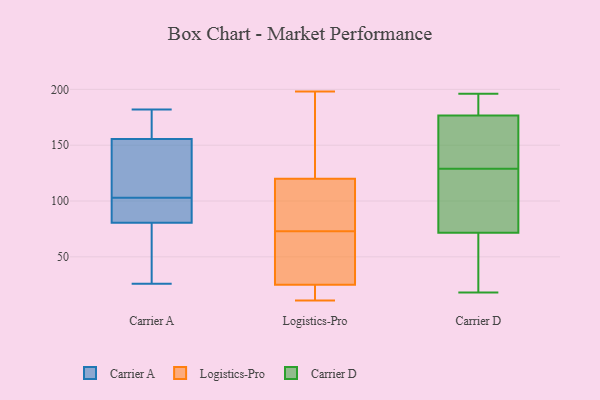
{"axis": {"x": "Headcount", "y": "Value"}, "legend": ["Carrier A", "Carrier D", "Logistics-Pro"], "data": [{"x": "", "y": 91, "type": "Carrier A"}, {"x": "", "y": 57, "type": "Carrier A"}, {"x": "", "y": 86, "type": "Carrier A"}, {"x": "", "y": 114, "type": "Carrier A"}, {"x": "", "y": 166, "type": "Carrier A"}, {"x": "", "y": 92, "type": "Carrier A"}, {"x": "", "y": 75, "type": "Carrier A"}, {"x": "", "y": 114, "type": "Carrier A"}, {"x": "", "y": 182, "type": "Carrier A"}, {"x": "", "y": 164, "type": "Carrier A"}, {"x": "", "y": 26, "type": "Carrier A"}, {"x": "", "y": 147, "type": "Carrier A"}, {"x": "", "y": 115, "type": "Logistics-Pro"}, {"x": "", "y": 34, "type": "Logistics-Pro"}, {"x": "", "y": 25, "type": "Logistics-Pro"}, {"x": "", "y": 198, "type": "Logistics-Pro"}, {"x": "", "y": 17, "type": "Logistics-Pro"}, {"x": "", "y": 63, "type": "Logistics-Pro"}, {"x": "", "y": 38, "type": "Logistics-Pro"}, {"x": "", "y": 11, "type": "Logistics-Pro"}, {"x": "", "y": 120, "type": "Logistics-Pro"}, {"x": "", "y": 83, "type": "Logistics-Pro"}, {"x": "", "y": 12, "type": "Logistics-Pro"}, {"x": "", "y": 192, "type": "Logistics-Pro"}, {"x": "", "y": 168, "type": "Logistics-Pro"}, {"x": "", "y": 83, "type": "Logistics-Pro"}, {"x": "", "y": 115, "type": "Carrier D"}, {"x": "", "y": 176, "type": "Carrier D"}, {"x": "", "y": 25, "type": "Carrier D"}, {"x": "", "y": 44, "type": "Carrier D"}, {"x": "", "y": 117, "type": "Carrier D"}, {"x": "", "y": 177, "type": "Carrier D"}, {"x": "", "y": 187, "type": "Carrier D"}, {"x": "", "y": 134, "type": "Carrier D"}, {"x": "", "y": 28, "type": "Carrier D"}, {"x": "", "y": 181, "type": "Carrier D"}, {"x": "", "y": 124, "type": "Carrier D"}, {"x": "", "y": 137, "type": "Carrier D"}, {"x": "", "y": 105, "type": "Carrier D"}, {"x": "", "y": 196, "type": "Carrier D"}, {"x": "", "y": 165, "type": "Carrier D"}, {"x": "", "y": 25, "type": "Carrier D"}, {"x": "", "y": 156, "type": "Carrier D"}, {"x": "", "y": 99, "type": "Carrier D"}, {"x": "", "y": 195, "type": "Carrier D"}, {"x": "", "y": 18, "type": "Carrier D"}]}